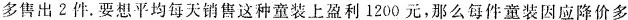
多售出2件。要想平均每天销售这种童装上盈利1200元，那么每件童装因应降价多